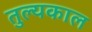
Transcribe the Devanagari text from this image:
तुल्यकाल